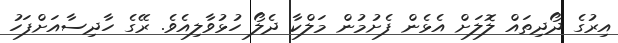
އިރުގެ ދޯދިތައް ލޮލަށް އެޅެން ފެށުމުން މަލްކާ ދެލޯ ހުޅުވާލިއެވެ. ރޭގެ ހާދިސާއަށްފަހު